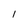
Character: I